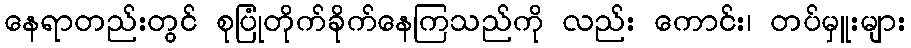
နေရာတည်းတွင် စုပြုံတိုက်ခိုက်နေကြသည်ကို လည်း ကောင်း၊ တပ်မှူးများ